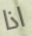
اذا